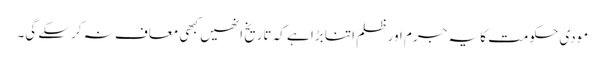
مودی حکومت کا یہ جرم اور ظلم اتنا بڑا ہے کہ تاریخ انھیں کبھی معاف نہ کرسکے گی۔